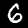
Label: 6